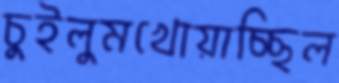
চুইলুমখোয়াচ্ছিল